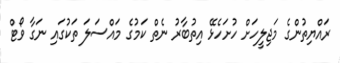
ރައްޔިތުންގެ މަޖިލީހަށް ހުށަހެޅޭ އިތުބާރު ނެތް ކަމުގެ މައްސަލަ ތަކުގައި ނަގާ ވޯޓް